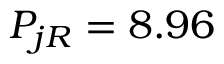
P _ { j R } = 8 . 9 6